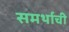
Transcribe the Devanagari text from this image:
समर्थाची